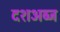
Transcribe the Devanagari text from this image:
दशअब्ज